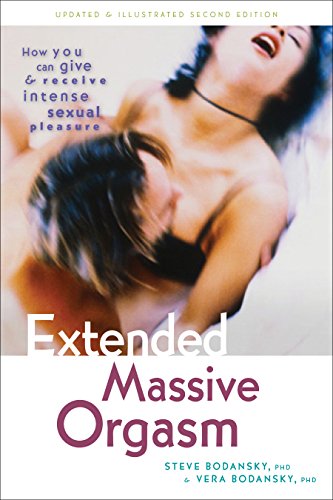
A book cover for Extended Massive Orgasm: How you can give and receive intense sexual pleasure (Positively Sexual); Ph.D. Steve Bodansky; Health, Fitness & Dieting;